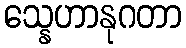
သ္နေဟာနုဂတာ